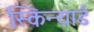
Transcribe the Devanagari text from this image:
स्किन्यार्ड